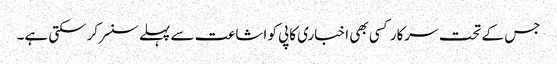
جس کے تحت سرکار کسی بھی اخباری کاپی کو اشاعت سے پہلے سنسر کرسکتی ہے۔